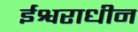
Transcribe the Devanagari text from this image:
ईश्वराधीन